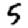
Digit: 5